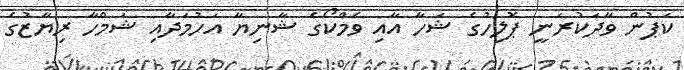
ކަޕުން ވާދަކުރަނީ ޕޮލިހުގެ ޝަހާ އާއި ވެމްކޯގެ ޝާނިޔާ އަހުމަދާއި ޝަމްހާ ރިޔާޒުގެ